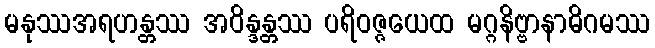
မနုဿအရဟန္တဿ အဝိန္ဒန္တဿ ပရိဝဇ္ဇယေထ မဂ္ဂနိဗ္ဗာနာဓိဂမဿ